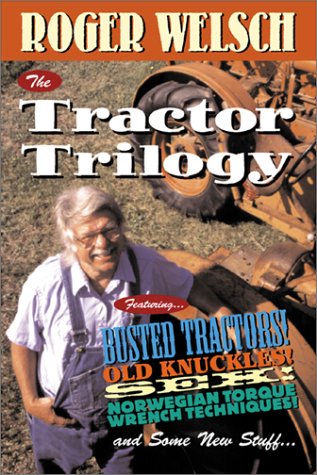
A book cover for The Tractor Trilogy; Roger Welsch; Humor & Entertainment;